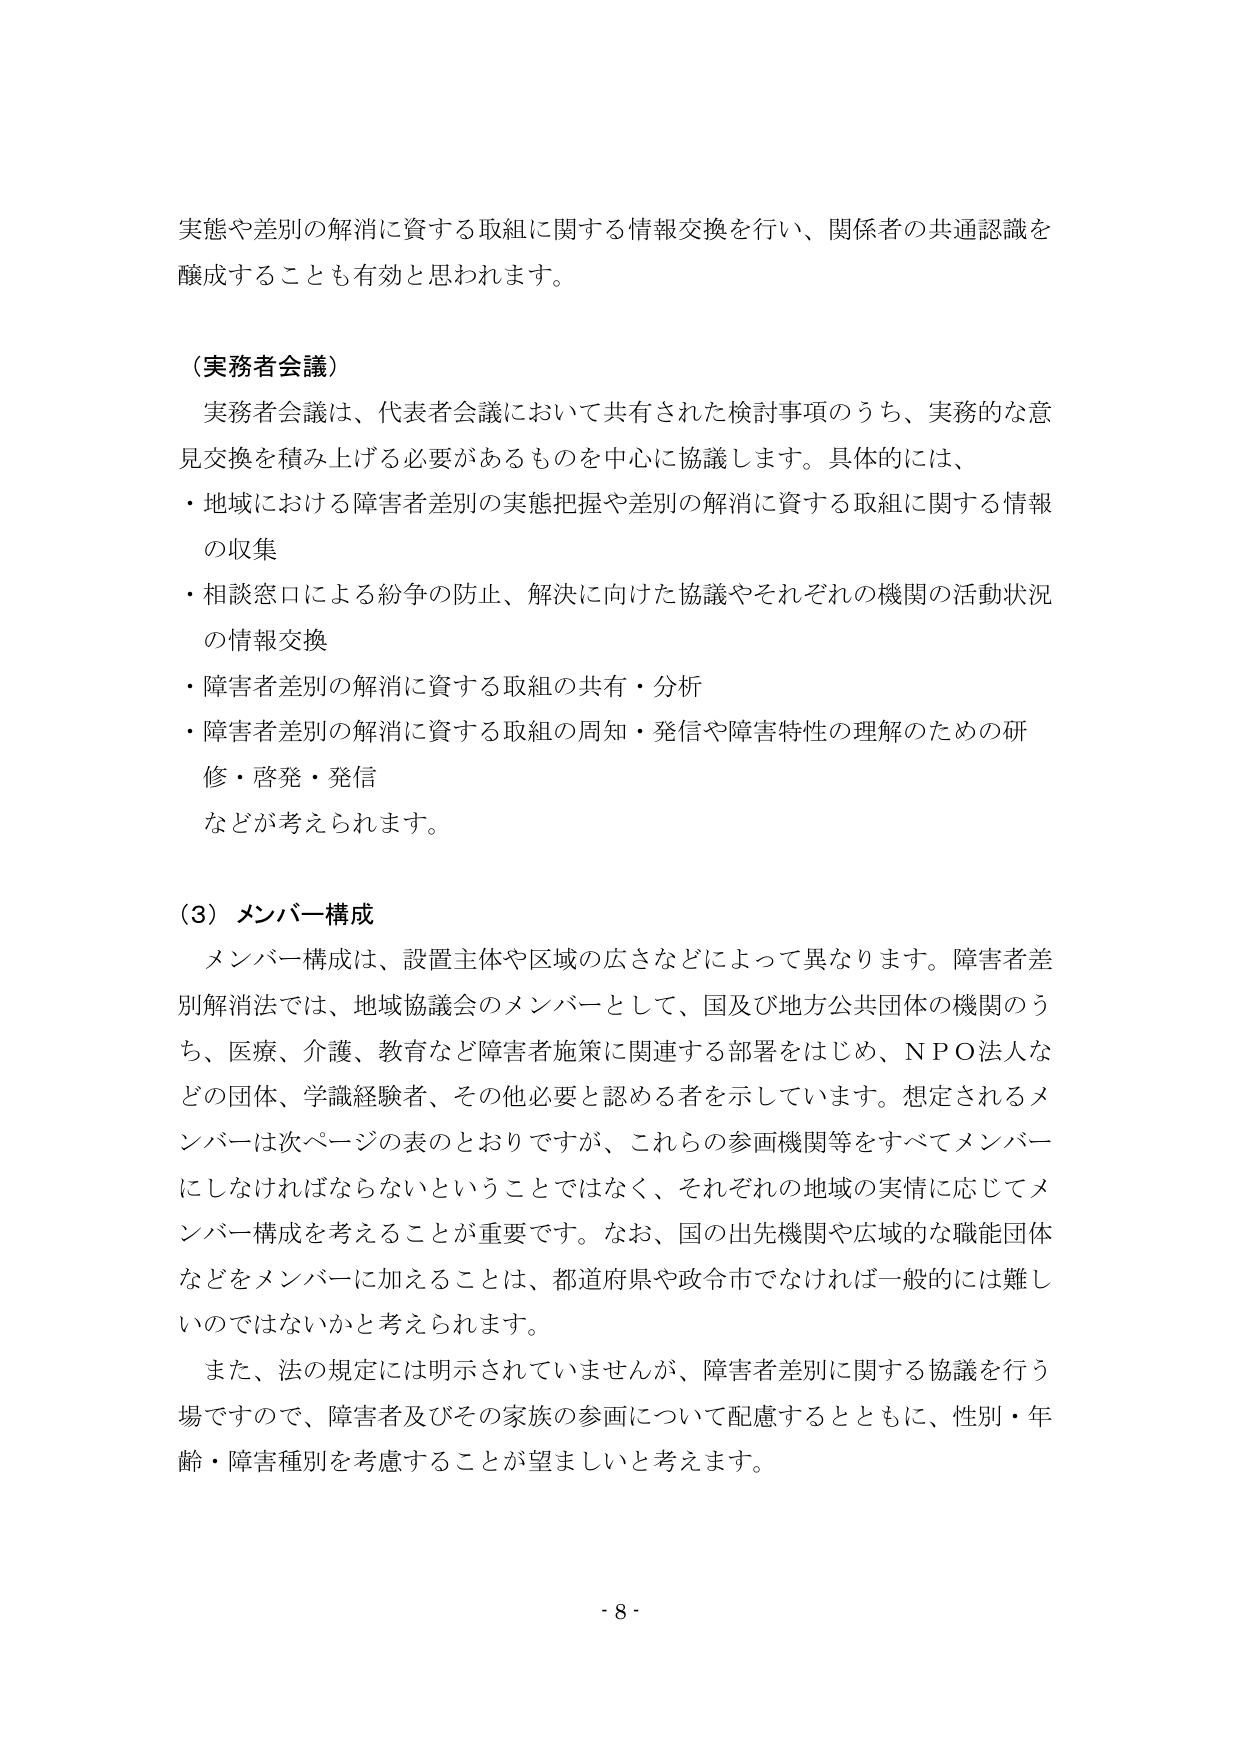
実態や差別の解消に資する取組に関する情報交換を行い、関係者の共通認識を
醸成することも有効と思われます。

（実務者会議）
実務者会議は、代表者会議において共有された検討事項のうち、実務的な意見交換を積み上げる必要があるものを中心に協議します。具体的には、
・地域における障害者差別の実態把握や差別の解消に資する取組に関する情報の収集
・相談窓口による紛争の防止、解決に向けた協議やそれぞれの機関の活動状況の情報交換
・障害者差別の解消に資する取組の共有・分析
・障害者差別の解消に資する取組の周知・発信や障害特性の理解のための研修・啓発・発信
などが考えられます。

（3）メンバー構成
メンバー構成は、設置主体や区域の広さなどによって異なります。障害者差別解消法では、地域協議会のメンバーとして、国及び地方公共団体の機関のうち、医療、介護、教育など障害者施策に関連する部署をはじめ、ＮＰＯ法人などの団体、学識経験者、その他必要と認める者を示しています。想定されるメンバーは次ページの表のとおりですが、これらの参画機関等をすべてメンバーにしなければならないということではなく、それぞれの地域の実情に応じてメンバー構成を考えることが重要です。なお、国の出先機関や広域的な職能団体などをメンバーに加えることは、都道府県や政令市でなければ一般的には難しいのではないかと考えられます。
また、法の規定には明示されていませんが、障害者差別に関する協議を行う場ですので、障害者及びその家族の参画について配慮するとともに、性別・年齢・障害種別を考慮することが望ましいと考えます。

- 8 -